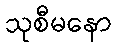
သုစီမနော